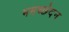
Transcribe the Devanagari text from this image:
ममच्छेदन